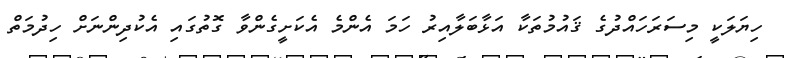
ހިޔަލަކީ މިސަރަހައްދުގެ ޤައުމުތަކާ އަޅާބަލާއިރު ހަމަ އެންމެ އެކަށީގެންވާ ގޮތުގައި އެކުދިންނަށް ހިދުމަތް